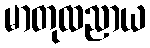
မာတုထညာယ